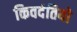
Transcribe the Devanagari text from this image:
किवदंतियो